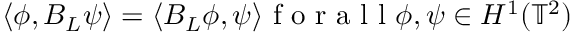
\langle \phi , B _ { L } \psi \rangle = \langle B _ { L } \phi , \psi \rangle \mathrm { ~ f ~ o ~ r ~ a ~ l ~ l ~ } \phi , \psi \in H ^ { 1 } ( \mathbb { T } ^ { 2 } )